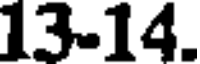
13-14.